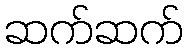
ဆက်ဆက်